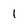
Character: 1